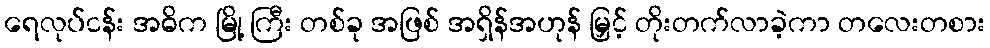
ရေလုပ်ငန်း အဓိက မြို့ ကြီး တစ်ခု အဖြစ် အရှိန်အဟုန် မြှင့် တိုးတက်လာခဲ့ကာ တလေးတစား